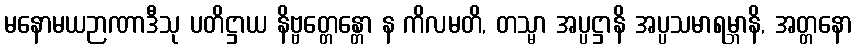
မနောမယဉာဏာဒီသု ပတိဋ္ဌာယ နိဗ္ဗတ္တေန္တော န ကိလမတိ, တသ္မာ အပ္ပဋ္ဌာနိ အပ္ပသမာရမ္ဘာနိ, အတ္တနော